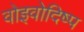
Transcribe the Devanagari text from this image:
वोइवोदिष्प